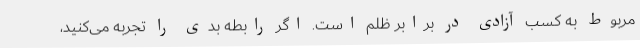
مربوط به کسب آزادی در برابر ظلم است. اگر رابطه بدی را تجربه می‌کنید،